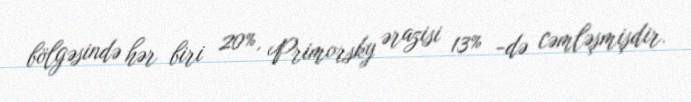
bölgəsində hər biri 20%, Primorsky ərazisi 13% -də cəmləşmişdir.